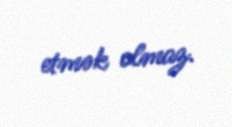
etmək olmaz.